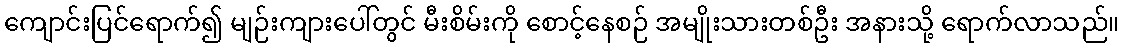
ကျောင်းပြင်ရောက်၍ မျဉ်းကျားပေါ်တွင် မီးစိမ်းကို စောင့်နေစဉ် အမျိုးသားတစ်ဦး အနားသို့ ရောက်လာသည်။